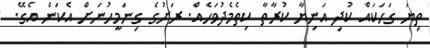
ތިޔަ ގަހަކައް ކުދި އަނިޔާ ކުރާތާ ކިތެމެދުވަހެއް. ރަށުގެ ގިނަމީހުނަށް އެކަން އެގޭ.